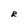
Character: E